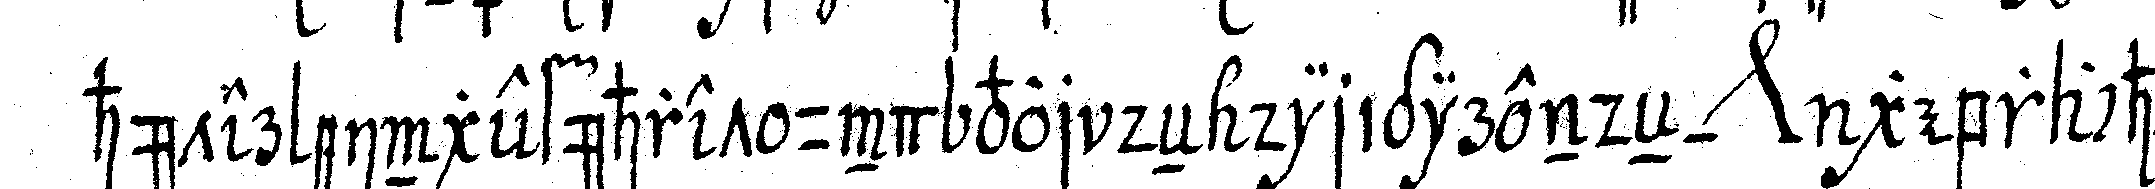
hüter eingeführet und vor deN dirigirendeN *nee* gebracht